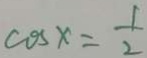
\cos x = \frac { 1 } { 2 }